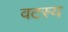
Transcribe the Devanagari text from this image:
वटस्य